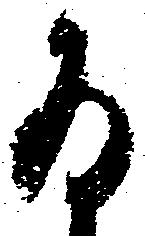
存